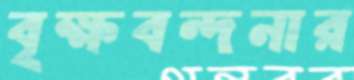
বৃক্ষবন্দনার